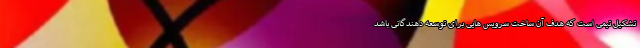
تشکیل تیمی است که هدف آن ساخت سرویس هایی برای توسعه دهندگانی باشد